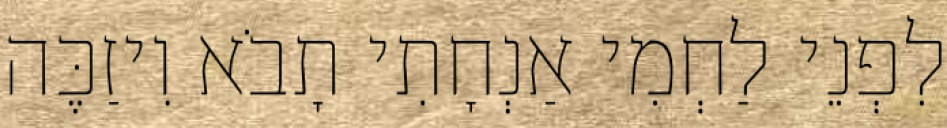
לִפְנֵי לַחְמִי אַנְחָתִי תָבֹא וִיזַכֶּה